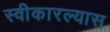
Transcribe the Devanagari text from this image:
स्वीकारल्यास